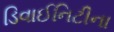
ડિવાઈનિટીના